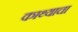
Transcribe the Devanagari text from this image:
काथ्याचा